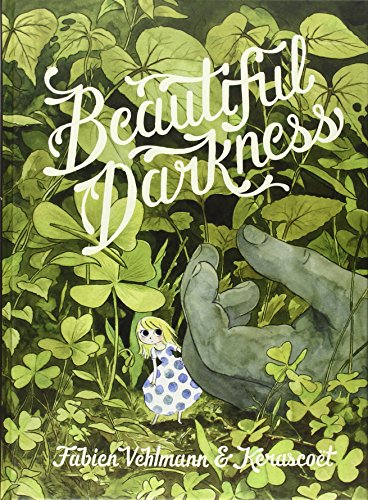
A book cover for Beautiful Darkness; Fabien Vehlmann; Comics & Graphic Novels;